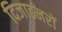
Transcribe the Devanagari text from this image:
दिजाइनरों